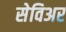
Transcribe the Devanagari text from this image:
सेविअर